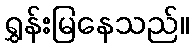
ရွှန်းမြနေသည်။